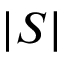
| S |